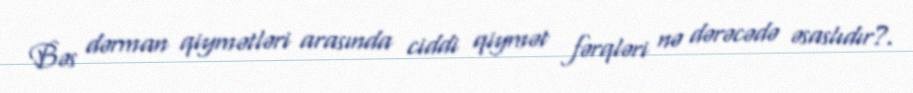
Bəs dərman qiymətləri arasında ciddi qiymət fərqləri nə dərəcədə əsaslıdır?.